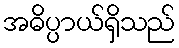
အဓိပ္ပာယ်ရှိသည်